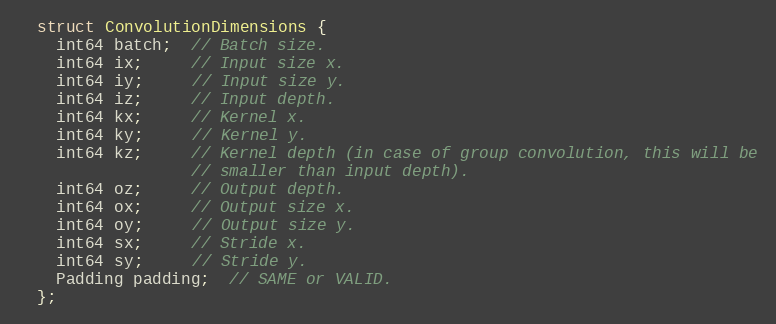
Language: C
  struct ConvolutionDimensions {
    int64 batch;  // Batch size.
    int64 ix;     // Input size x.
    int64 iy;     // Input size y.
    int64 iz;     // Input depth.
    int64 kx;     // Kernel x.
    int64 ky;     // Kernel y.
    int64 kz;     // Kernel depth (in case of group convolution, this will be
                  // smaller than input depth).
    int64 oz;     // Output depth.
    int64 ox;     // Output size x.
    int64 oy;     // Output size y.
    int64 sx;     // Stride x.
    int64 sy;     // Stride y.
    Padding padding;  // SAME or VALID.
  };